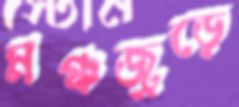
মঞ্চজুড়ে